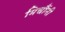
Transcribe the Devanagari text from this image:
मिचौंनी